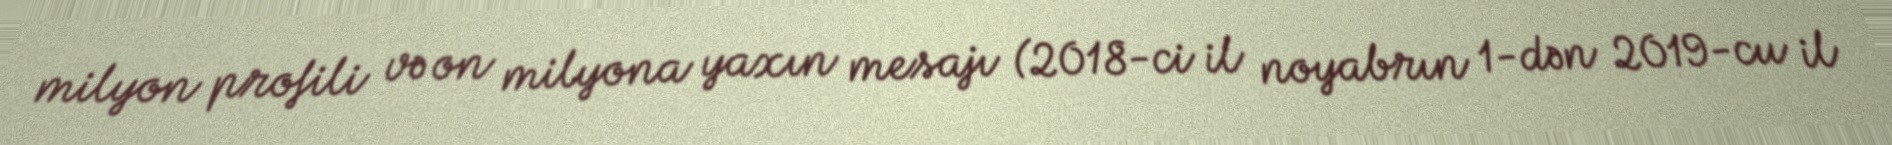
milyon profili və on milyona yaxın mesajı (2018-ci il noyabrın 1-dən 2019-cu il